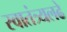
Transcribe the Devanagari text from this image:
स्वातंत्र्यलढे